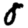
Digit: 8